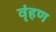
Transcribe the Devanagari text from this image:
वृंहण